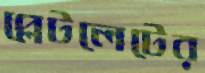
প্লেটলেটের